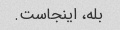
بله، اینجاست.